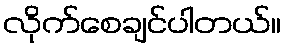
လိုက်စေချင်ပါတယ်။